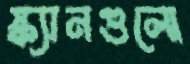
স্ক্যানগুলো